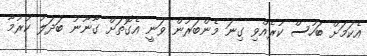
އެކަމަށް ބަހުސް ކުރެއްވި ގިނަ މެންބަރުން ވަނީ އެގޮތަށް ގާނޫނު ބަދަލު ކުރުމާ